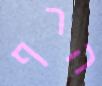
הרף